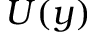
U ( y )